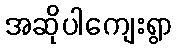
အဆိုပါကျေးရွာ